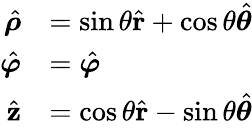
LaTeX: {\begin{array}{rl}{{\hat{\boldsymbol{\rho}}}}&{=\sin\theta{\hat{\mathbf{r}}}+\cos\theta{\hat{\boldsymbol{\theta}}}}\\ {{\hat{\boldsymbol{\varphi}}}}&{={\hat{\boldsymbol{\varphi}}}}\\ {{\hat{\mathbf{z}}}}&{=\cos\theta{\hat{\mathbf{r}}}-\sin\theta{\hat{\boldsymbol{\theta}}}}\end{array}}